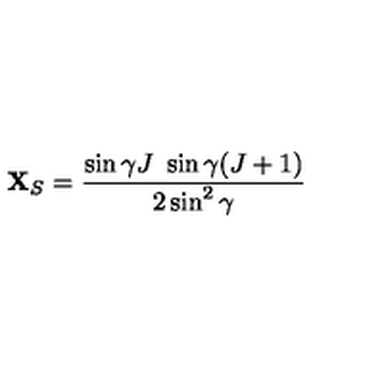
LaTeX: { \bf X } _ { S } = \frac { \sin \gamma J \ \sin \gamma ( J + 1 ) } { 2 \sin ^ { 2 } \gamma } \,